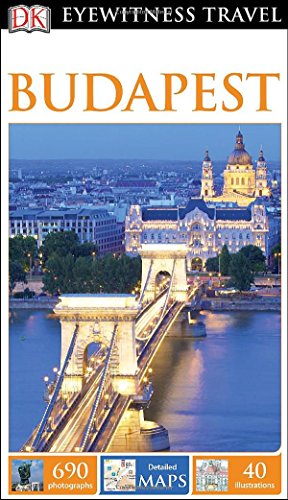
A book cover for DK Eyewitness Travel Guide: Budapest; DK Publishing; Travel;